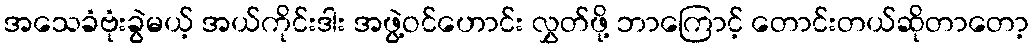
အသေခံဗုံးခွဲမယ့် အယ်ကိုင်းဒါး အဖွဲ့ဝင်ဟောင်း လွှတ်ဖို့ ဘာကြောင့် တောင်းတယ်ဆိုတာတော့